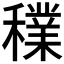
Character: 𥣈